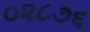
૦૨૮૭૬